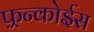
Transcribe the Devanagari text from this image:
फ़्रन्कोईस